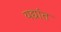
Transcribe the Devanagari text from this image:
यद्यांत